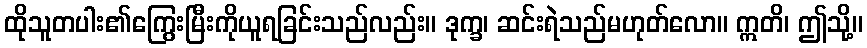
ထိုသူတပါး၏ကြွေးမြီးကိုယူရခြင်းသည်လည်း။ ဒုက္ခ၊ ဆင်းရဲသည်မဟုတ်လော။ ဣတိ၊ ဤသို့။